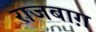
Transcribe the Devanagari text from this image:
राजबाग़